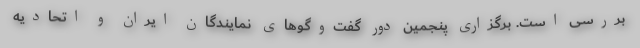
بررسی است. برگزاری پنجمین دور گفت‌وگوهای نمایندگان ایران و اتحادیه